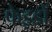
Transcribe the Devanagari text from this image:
फेइडों